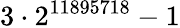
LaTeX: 3\cdot 2^{11895718}-1